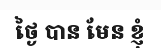
ថ្ងៃ បាន មែន ខ្ញុំ